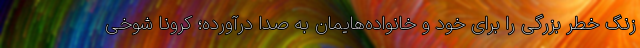
زنگ خطر بزرگی را برای خود و خانواده‌هایمان به صدا درآورده؛ کرونا شوخی